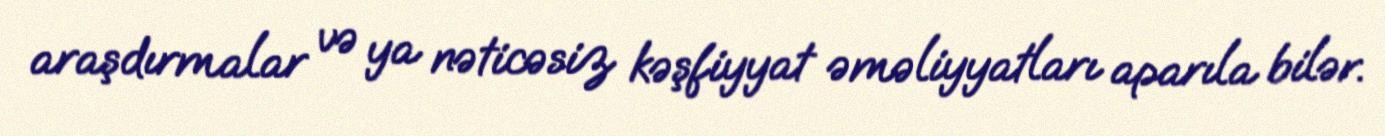
araşdırmalar və ya nəticəsiz kəşfiyyat əməliyyatları aparıla bilər.